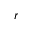
r